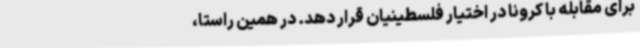
برای مقابله با کرونا در اختیار فلسطینیان قرار دهد. در همین راستا،